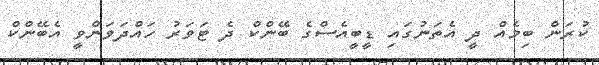
ކުރަން ބިމެއް ދީ އެތަނުގައި ޑީބީއެސްގެ ބޭންކް ދެ ޓަވަރު ހައްދަވަންވީ އެބޭންކް